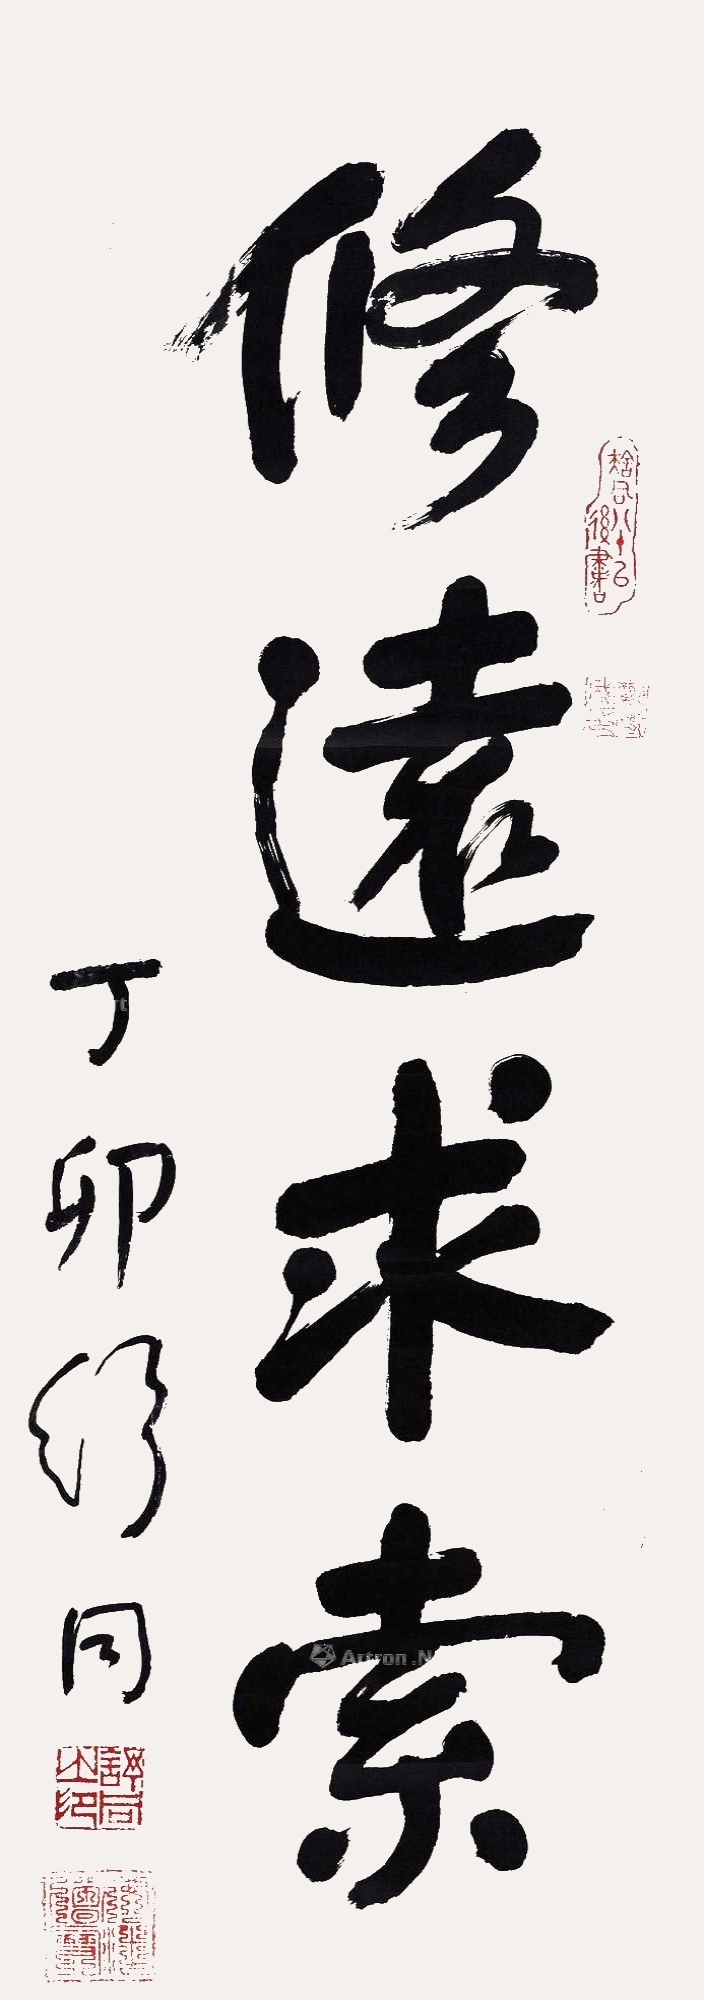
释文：修远求索。丁卯，舒同。